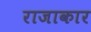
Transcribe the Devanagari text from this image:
राजाकार